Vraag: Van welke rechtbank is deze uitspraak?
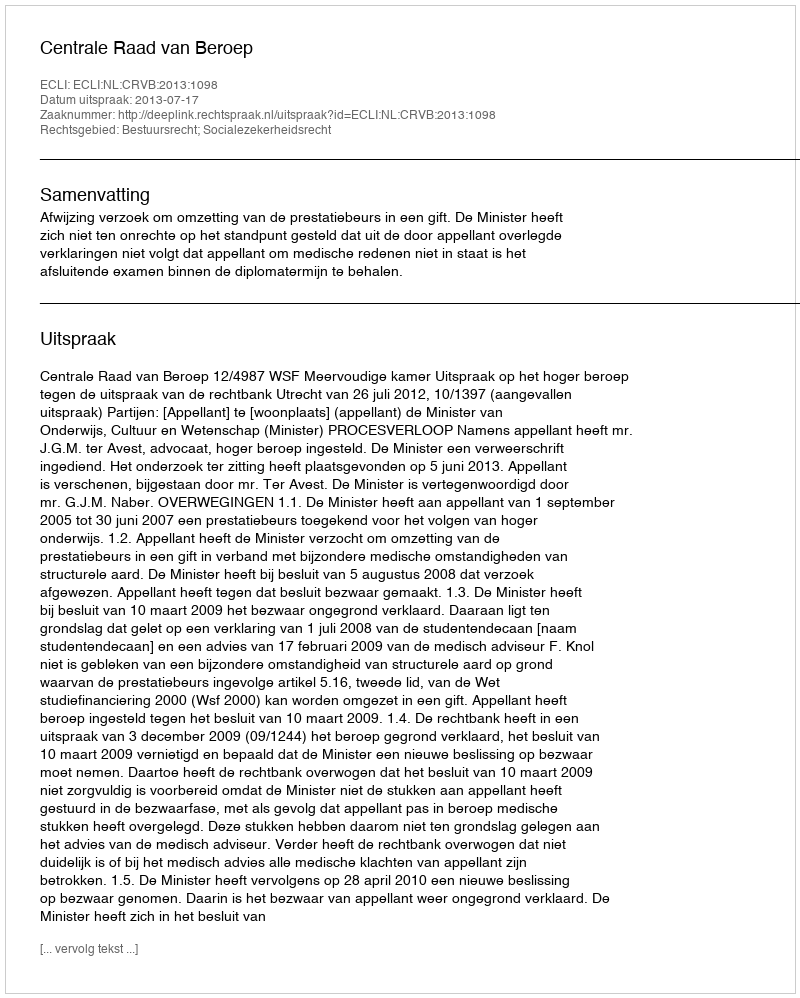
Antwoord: Centrale Raad van Beroep